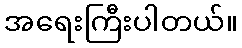
အရေးကြီးပါတယ်။